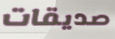
صديقات